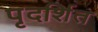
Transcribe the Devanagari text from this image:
पृदर्शित